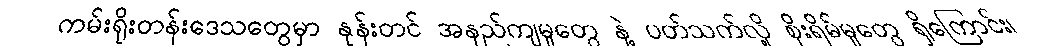
ကမ်းရိုးတန်းဒေသတွေမှာ နုန်းတင် အနည်ကျမှုတွေ နဲ့ ပတ်သက်လို့ စိုးရိမ်မှုတွေ ရှိကြောင်း၊